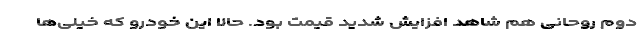
دوم روحانی هم شاهد افزایش شدید قیمت بود. حالا این خودرو که خیلی‌ها